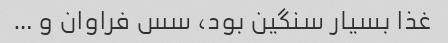
غذا بسیار سنگین بود، ‌سس فراوان و …